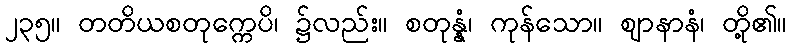
၂၃၅။ တတိယစတုက္ကေပိ၊ ၌လည်း။ စတုန္နံ၊ ကုန်သော။ ဈာနာနံ၊ တို့၏။